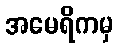
အမေရိကမှ